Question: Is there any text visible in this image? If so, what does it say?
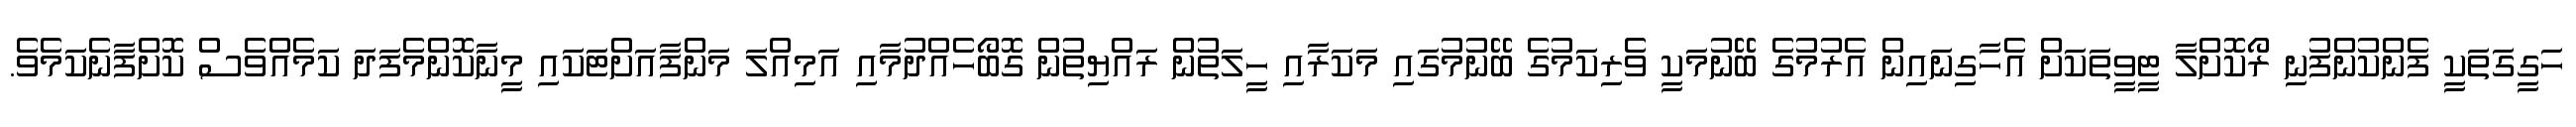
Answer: ހަގީގަތަކީ ފެންކުންފުނި ރޯކޮށްލާ ޓީވީތަކަށް އެހާގިނައިން އެރުމުގެ ބޭނުމަކީ ވެރިކަމުގެ ބޭނުމުގައި މަކަރާއި ހީލަތުން ރައްޔިތުން ގޮބޯހެއްދުމާއި އަމިއްލަ މަންފާއަށްޓަކައި މީނާކޮންމެފަދަ ކަމެއްވެސް ކޮށްފާނެކަމެވެ.